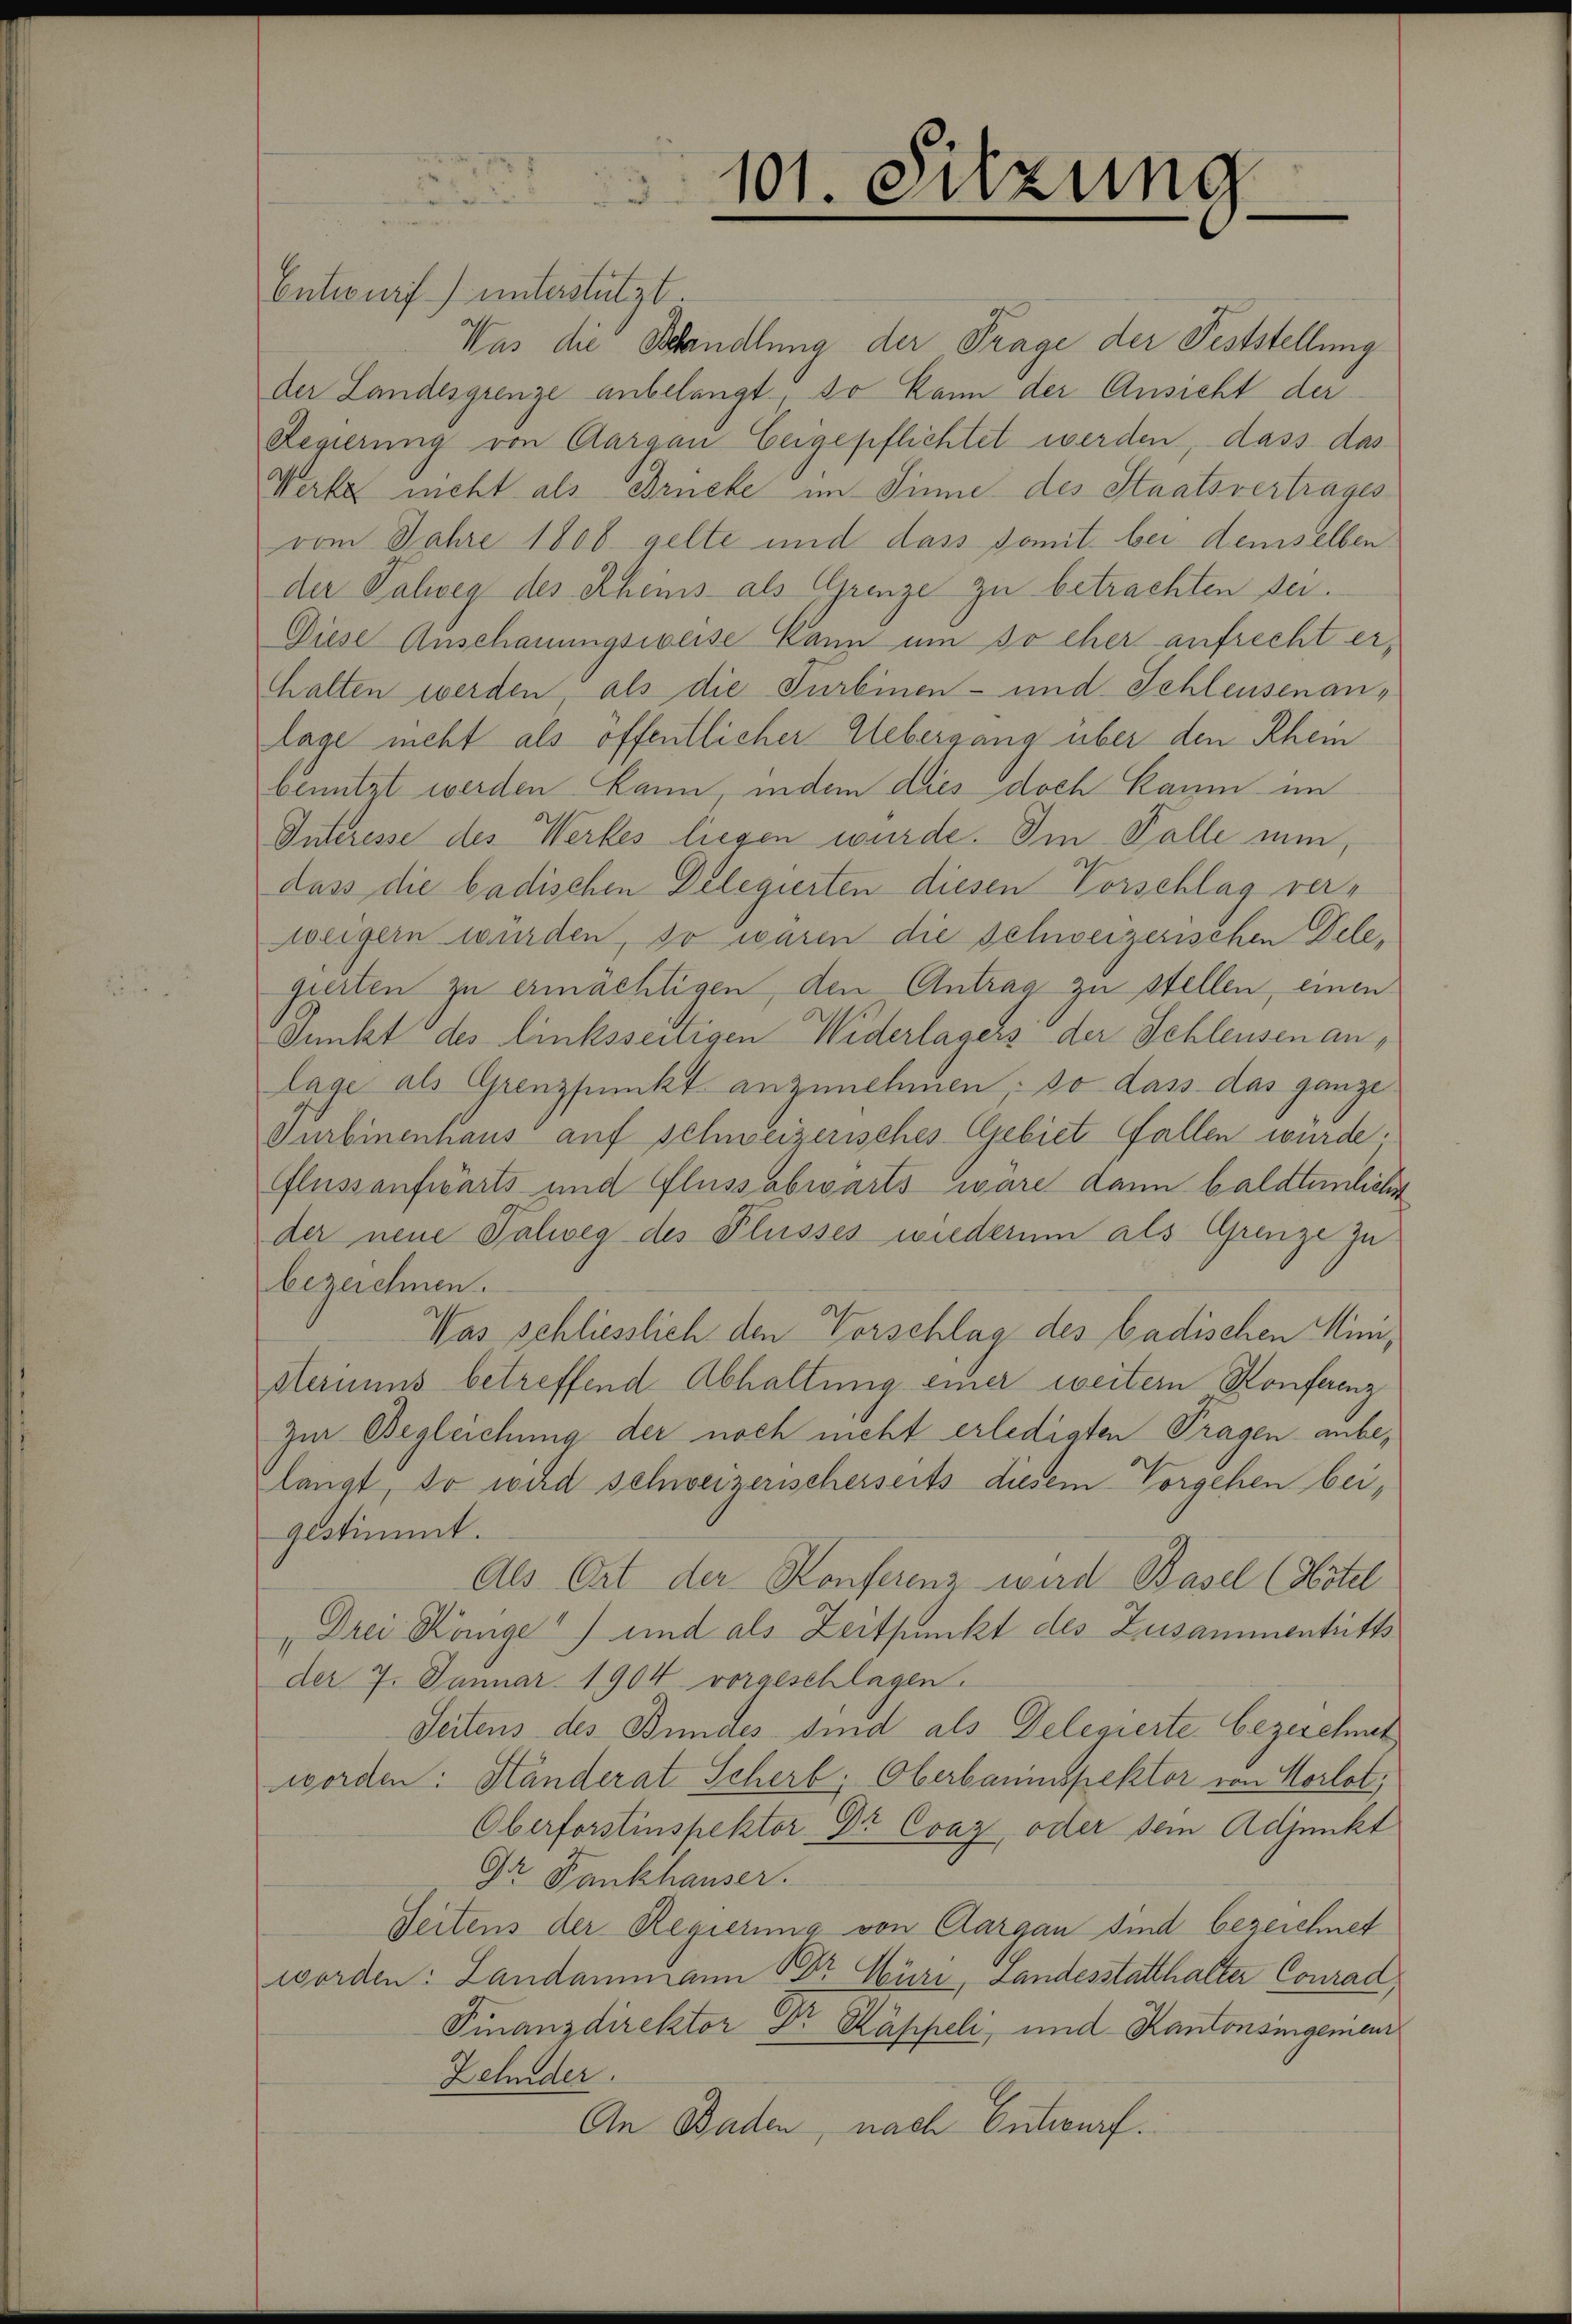
101. Sitzung

Entwurf) unterstützt.
Was die Behandlung der Frage der Feststellung
der Landesgrenze anbelangt, so kann der Ansicht der
Regierung von Aargau Eeigepflichtet werden, dass das
Werke nicht als Brücke im Sinne des Staatsvertrages
vom Jahre 1806 gelte und dass somit bei demselben
der Palweg des Scheins als Grenze zu betrachten sei.
Diese Anschauungsweise Kann um so eher aufrecht erthalten werden, als die Turbinen- und Schleusenanlage nicht als öffentlicher Uebergang über den Rhein
benützt werden kann, indem dies doch kaum im
Interesse des Werkes liegen wurde. Im Falle nun,
dass die badischen Delegierten diesen Vorschlag verweigern würden, so waren die schweizerischen Delegierten zu ermächtigen, den Antrag zu stellen, einen
Punkt des linksseitigen Widerlagers der Schleusen anlage als Grenzpunkt anzunehmen; so dass das ganze
Turbinenhaus auf schweizerisches Gebiet fallen wurde.
Flussaufwärts und Flussabwarts wäre dann baldtenliche
der neue Palweg des Flusses wiederum als Grenze zu
bezeichnen.
Was schliesslich den Vorschlag des badischen Ministeriums betreffend Abhaltung einer weitern Konferenz
Zur Begleichung der noch nicht erledigten Tragen anbelangt, so wird schweizerischerseits diesem Vorgehen bei,
gestimmt.
Als Ort der Konferenz wird Basel (Abstel
„Drei Range) und als Zeitpunkt des Zusammentritts
der 7. Januar 1904 vorgeschlagen.
Seitens des Bindes sind als Delegierte bezeichnet
worden: Ständerat Scherb; Oberbauinspektor von Vorlat,
Oberforstinspektor Dr Cvaz, oder sein Adjunkt
Dr. Fankhauser.
Weitens der Regierung von Aargau sind bezeichnet
worden: Landammann Dr Würi, Landesstatthalter Conrad,
Finanzdirektor Dr. Käppeli, und Kantonsingemein
Zehnder.
An Baden, nach Entwurf.